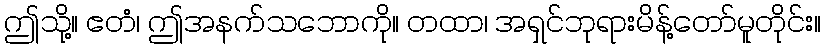
ဤသို့။ ဧတံ၊ ဤအနက်သဘောကို။ တထာ၊ အရှင်ဘုရားမိန့်တော်မူတိုင်း။